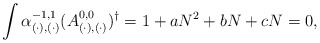
\begin{align*}\int \alpha_{(\cdot), (\cdot)}^{-1,1} (A_{(\cdot),(\cdot)}^{0,0})^{\dagger}= 1 + a N^2 + b N + c N = 0,\end{align*}